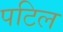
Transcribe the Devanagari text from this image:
पटिल